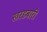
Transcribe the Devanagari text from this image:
खरडबारी